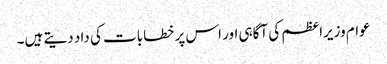
عوام وزیراعظم کی آگاہی اور اس پر خطابات کی داد دیتے ہیں۔